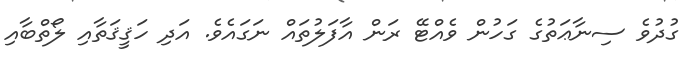
ގުދުވެ ސިނާޢަތުގެ ގަހުން ވެއްޓޭ ރަން އާފަލުތައް ނަގައެވެ. އަދި ހަޤީޤަތާއި ލޯތްބާއި